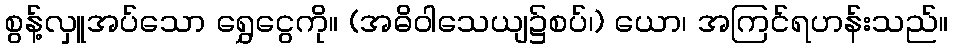
စွန့်လှူအပ်သော ရွှေငွေကို။ (အဓိဝါသေယျ၌စပ်၊) ယော၊ အကြင်ရဟန်းသည်။